Malaria in the Duars
Disease focus: Malaria
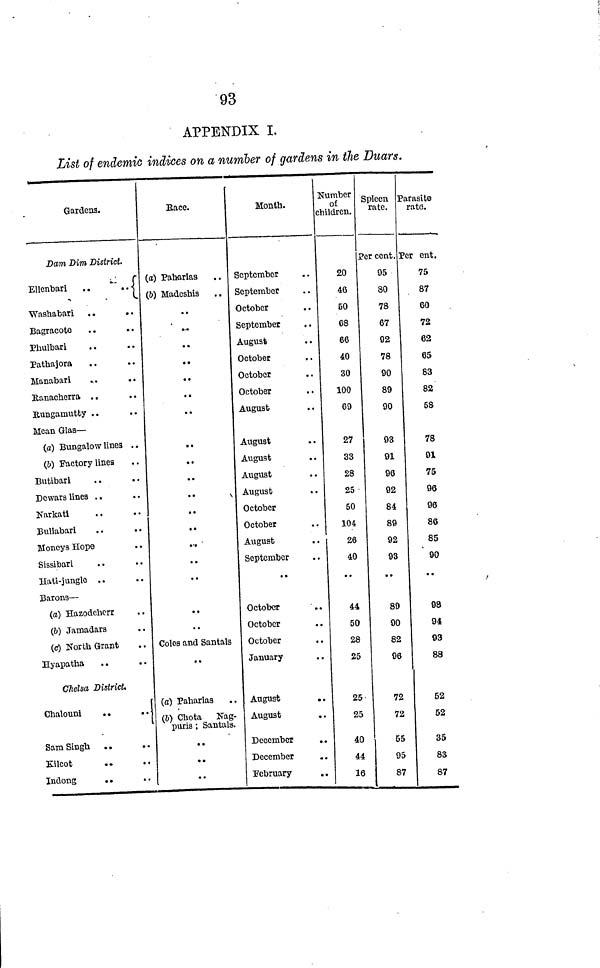
93
APPENDIX I.
List of endemic indices on a number of gardens in the Duars.
Gardens.
Dam Dim District.
Ellenbari
..
..
Washabari
. .
. .
Bagracote
Phulbari
Pathajora
. .
. .
Manabari
...
. .
Ranacherra . .
Rungamutty ..
..
Mean Glas —
(a) Bungalow lines ..
(b) Factory lines
Butibari
Dewars lines . .
Narkati
Bullabari
Moneys Hope
Sissibari
Hati-jungle
Barons —
(a) Hazodcherr
(b) Jamadars
(c) North Grant
Hyapatha
. .
. .
Chelsa District,
Chalouni
. .
. .
Sam Singh
. .
. .
Kilcot
Indong
. .
Race.
(a) Paharias
(b) Madeshis
..
...
..
..
..
..
..
..
..
..
••
..
..
...
..
••
..
..
Coles and Santals
••
(a) Paharias
(6) Chota Nag-
puris ; Santals.
..
..
••
Month.
September
September
October
September
August
October
October
October
August
August
August
August
August
October
October
August
September
••
October
October
October
January
August
. .
August
. .
December
. .
December
February
. .
Number
of
children.
20
46
50
68
66
40
30
100
69
27
33
28
25
50
104
26
40
..
44
50
28
25
25
25
40
44
16
Spleen
rate.
Per cent.
95
30
78
67
92
78
90
89
90
93
91
96
92
84
89
92
93
..
89
90
82
96
72
72
55
95
87
Parasite
rate.
Per ent.
75
87
60
72
62
65
83
82
58
78
91
75
96
96
86
85
90
..
98
94
93
88
52
52
35
83
87